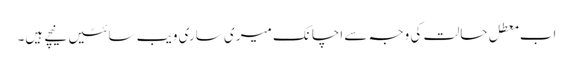
اب معطل حالت کی وجہ سے اچانک میری ساری ویب سائٹیں نیچے ہیں۔